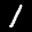
Label: 1